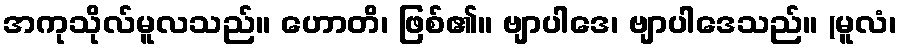
အကုသိုလ်မူလသည်။ ဟောတိ၊ ဖြစ်၏။ ဗျာပါဒေ၊ ဗျာပါဒေသည်။ (မူလံ၊